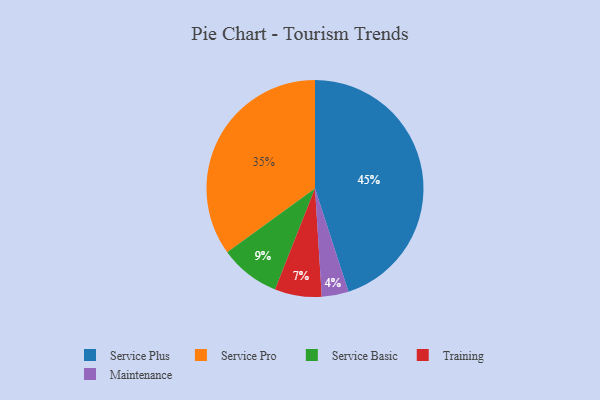
{"axis": {"x": "Category", "y": "Percentage"}, "legend": ["Maintenance", "Service Basic", "Service Plus", "Service Pro", "Training"], "data": [{"x": "Service Pro", "y": 35, "type": "Service Pro"}, {"x": "Service Basic", "y": 9, "type": "Service Basic"}, {"x": "Training", "y": 7, "type": "Training"}, {"x": "Maintenance", "y": 4, "type": "Maintenance"}, {"x": "Service Plus", "y": 45, "type": "Service Plus"}]}